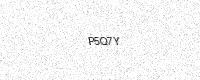
Text: P5Q7Y